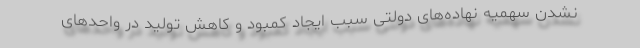
نشدن سهمیه نهاده‌های دولتی سبب ایجاد کمبود و کاهش تولید در واحدهای